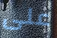
على